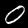
Digit: 0